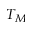
T _ { M }